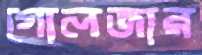
গোলজার